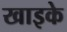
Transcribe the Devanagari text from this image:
खाइके